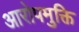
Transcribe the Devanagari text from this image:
आरोपमुक्ति